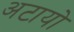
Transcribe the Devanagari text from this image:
अटायो